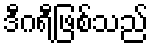
ဒီဂရီဖြစ်သည်